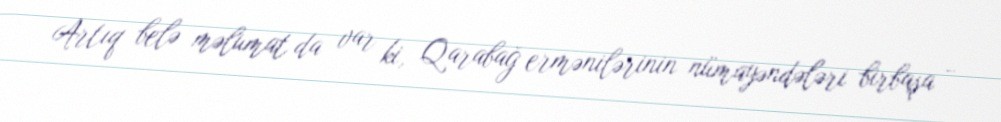
Artıq belə məlumat da var ki, Qarabağ ermənilərinin nümayəndələri birbaşa -